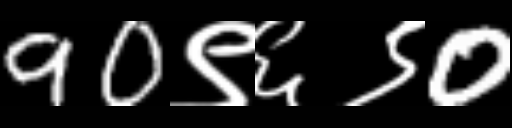
Text: 90९६९0